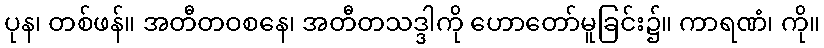
ပုန၊ တစ်ဖန်။ အတီတဝစနေ၊ အတီတသဒ္ဒါကို ဟောတော်မူခြင်း၌။ ကာရဏံ၊ ကို။